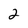
Character: 2